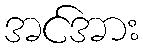
အင်အား